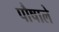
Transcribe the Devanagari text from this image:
पौषाले